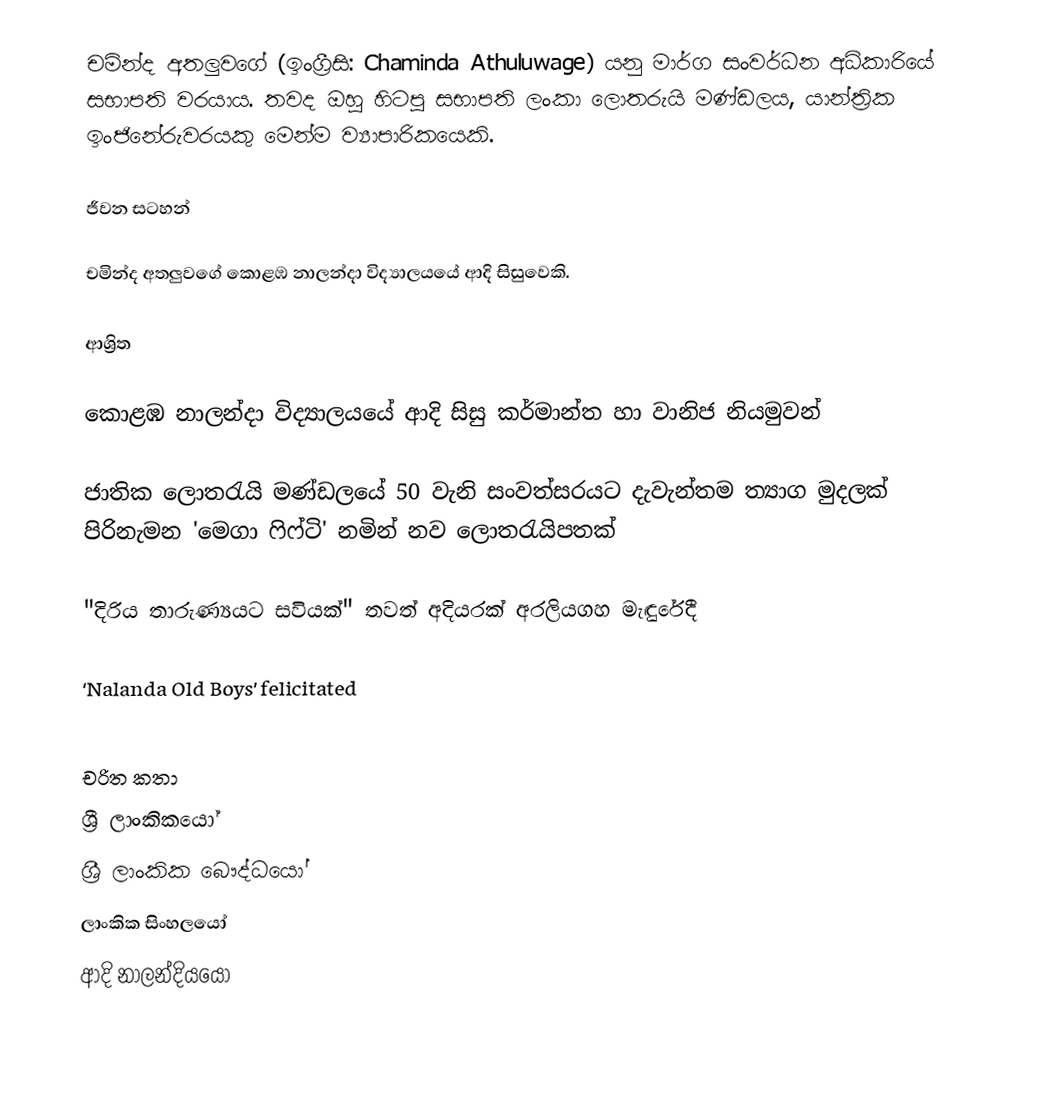
චමින්ද අතලුවගේ (ඉංග්‍රීසි: Chaminda Athuluwage) යනු  මාර්ග සංවර්ධන අධිකාරියේ සභාපති වරයාය.  තවද ඔහු හිටපු සභාපති ලංකා ලොතරුයි මණ්ඩලය, යාන්ත්‍රික ඉංජිනේරුවරයකු මෙන්ම ව්‍යාපාරිකයෙකි.

ජීවන සටහන්

චමින්ද අතලුවගේ  කොළඹ නාලන්දා විද්‍යාලයයේ ආදි සිසුවෙකි.

ආශ්‍රිත

 කොළඹ නාලන්දා විද්‍යාලයයේ ආදි සිසු කර්මාන්ත හා වානිජ නියමුවන්

 ජාතික ලොතරැයි මණ්‌ඩලයේ 50 වැනි සංවත්සරයට දැවැන්තම ත්‍යාග මුදලක්‌ පිරිනැමන 'මෙගා ෆිෆ්ටි' නමින් නව ලොතරැයිපතක්‌

 "දිරිය තාරුණ්‍යයට සවියක්" තවත් අදියරක් අරලියගහ මැඳුරේදී

 ‘Nalanda Old Boys’ felicitated

චරිත කතා
ශ්‍රී ලාංකිකයෝ
ශ්‍රී ලාංකික බෞද්ධයෝ
ලාංකික සිංහලයෝ
ආදි නාලන්දියයෝ